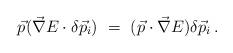
LaTeX: \begin{align*}\vec{p} (\vec{\nabla}E\cdot\delta \vec{p}_i) \ = \ (\vec{p}\cdot \vec{\nabla}E)\delta\vec{p}_i\, .\end{align*}